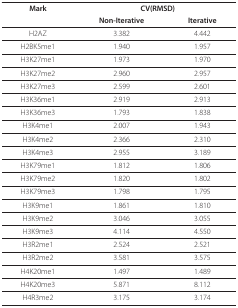
| Mark | <COLSPAN=2> CV(RMSD) |
 |  | Non-Iterative | Iterative |
 | --- | --- | --- |
 | H2AZ | 3.382 | 4.442 |
 | H2BK5me1 | 1.940 | 1.957 |
 | H3K27me1 | 1.973 | 1.970 |
 | H3K27me2 | 2.960 | 2.957 |
 | H3K27me3 | 2.599 | 2.601 |
 | H3K36me1 | 2.919 | 2.913 |
 | H3K36me3 | 1.793 | 1.838 |
 | H3K4me1 | 2.007 | 1.943 |
 | H3K4me2 | 2.366 | 2.310 |
 | H3K4me3 | 2.955 | 3.189 |
 | H3K79me1 | 1.812 | 1.806 |
 | H3K79me2 | 1.820 | 1.802 |
 | H3K79me3 | 1.798 | 1.795 |
 | H3K9me1 | 1.861 | 1.810 |
 | H3K9me2 | 3.046 | 3.055 |
 | H3K9me3 | 4.114 | 4.550 |
 | H3R2me1 | 2.524 | 2.521 |
 | H3R2me2 | 3.581 | 3.575 |
 | H4K20me1 | 1.497 | 1.489 |
 | H4K20me3 | 5.871 | 8.112 |
 | H4R3me2 | 3.175 | 3.174 |